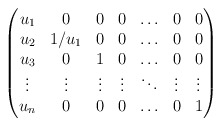
\begin{align*}\begin{pmatrix}u_1 & 0 & 0&0&\ldots&0 &0\\u_2 & 1/u_1 &0&0& \ldots&0 &0\\u_3 &0 & 1 &0 &\ldots&0& 0\\\vdots&\vdots&\vdots&\vdots&\ddots&\vdots&\vdots \\u_{n}&0 &0 &0&\ldots&0 &1\end{pmatrix}\end{align*}